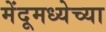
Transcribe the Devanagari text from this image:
मेंदूमध्येच्या